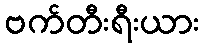
ဗက်တီးရီးယား